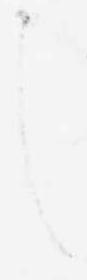
し